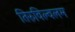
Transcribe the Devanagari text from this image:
तिरुविल्वलम